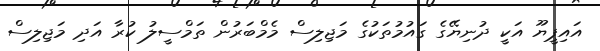
އައިޕީޔޫ އަކީ ދުނިޔޭގެ ގައުމުތަކުގެ މަޖިލިސް މެމްބަރުން ތަމްސީލު ކުރާ އަދި މަޖިލިސް